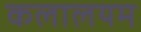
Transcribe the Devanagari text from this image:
कलालयम